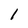
Character: I